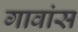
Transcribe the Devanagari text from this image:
गावांस